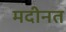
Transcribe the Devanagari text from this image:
मदीनत